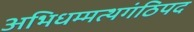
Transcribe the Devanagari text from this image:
अभिधम्मत्थगंठिपद